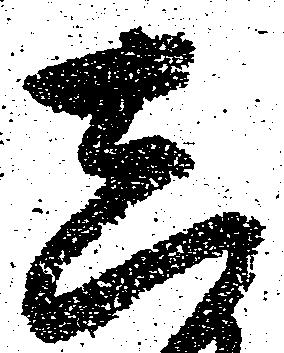
し